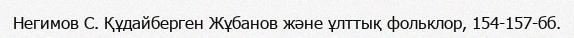
Негимов С. Құдайберген Жұбанов және ұлттық фольклор, 154-157-бб.